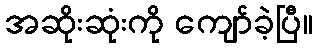
အဆိုးဆုံးကို ကျော်ခဲ့ပြီ။